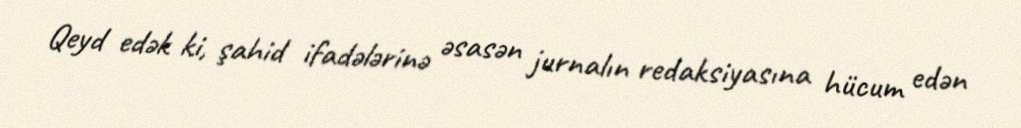
Qeyd edək ki, şahid ifadələrinə əsasən jurnalın redaksiyasına hücum edən